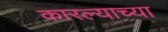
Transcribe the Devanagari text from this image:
कारल्याच्या